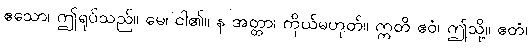
ဧသော၊ ဤရုပ်သည်။ မေ၊ ငါ၏။ န အတ္တာ၊ ကိုယ်မဟုတ်။ ဣတိ ဧဝံ၊ ဤသို့။ ဧတံ၊